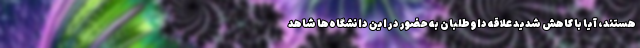
هستند، آیا با کاهش شدید علاقه داوطلبان به حضور در این دانشگاه‌ها شاهد